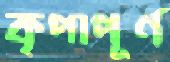
কৃপাপূর্ণ